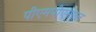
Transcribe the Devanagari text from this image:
पीएमपीएमएल